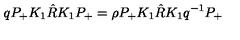
q P _ { + } K _ { 1 } \hat { R } K _ { 1 } P _ { + } = \rho P _ { + } K _ { 1 } \hat { R } K _ { 1 } q ^ { - 1 } P _ { + }